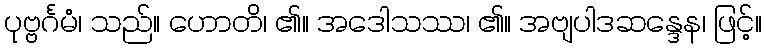
ပုဗ္ဗင်္ဂမံ၊ သည်။ ဟောတိ၊ ၏။ အဒေါသဿ၊ ၏။ အဗျပါဒဆန္ဒေန၊ ဖြင့်။